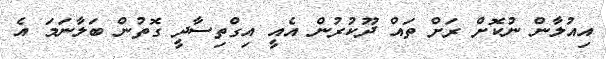
އިއުލާން ނުކޮށް ރަށް ތައް ދޫކުރުން އެއީ އިގްތިސާދީ ގޮތުން ބަލާނަމަ އެ